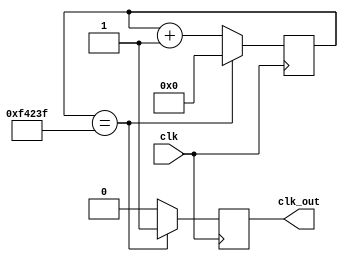
`timescale 1ns / 1ps
//////////////////////////////////////////////////////////////////////////////////
// Company: 
// Engineer: 
// 
// Design Name: 
// Module Name:    divider 
// Project Name: 
// Target Devices: 
// Tool versions: 
// Description: 
//
// Dependencies: 
//
// Revision: 
// Revision 0.01 - File Created
// Additional Comments: 
//
//////////////////////////////////////////////////////////////////////////////////
module divider(clk,clk_out);
    parameter timer = 999_999;
	 input clk;
	 output clk_out;
	 reg [31:0]count = 32'd0;
	 reg clk_out = 1'b0;
	 always @ (posedge clk)
	 begin
        if(count == timer)
        begin
		      count <= 32'd0;
				clk_out <= 1'b1;
        end	
        else
        begin
		      count <= count + 32'd1;
				clk_out <= 1'b0;
        end		  
	 end
endmodule